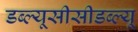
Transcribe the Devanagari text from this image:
डब्ल्यूसीसीडब्ल्यू